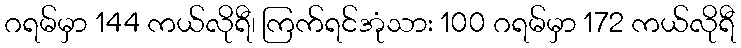
ဂရမ်မှာ 144 ကယ်လိုရီ၊ ကြက်ရင်အုံသား 100 ဂရမ်မှာ 172 ကယ်လိုရီ